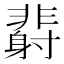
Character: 𲊙